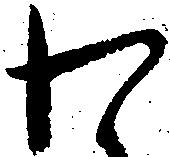
わ